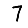
Digit: 7